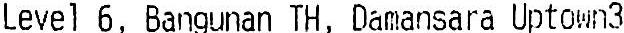
LEVEL 6, BANGUNAN TH, DAMANSARA UPTOWN3